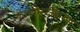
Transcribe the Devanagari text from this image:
काम्पोस्टीकरण